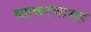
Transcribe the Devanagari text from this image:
व्याकरणासह